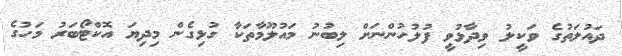
ދައުލަތުގެ ވަކީލު ވިދާޅުވީ ފުލުހުންނަށް ލިބުނު މައުލޫމާތަކާ ގުޅިގެން މިދިޔަ އޮކްޓޯބަރު މަހުގެ